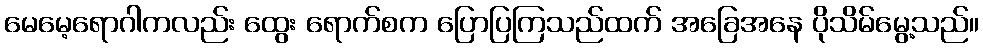
မေမေ့ရောဂါကလည်း ထွေး ရောက်စက ပြောပြကြသည်ထက် အခြေအနေ ပိုသိမ်မွေ့သည်။